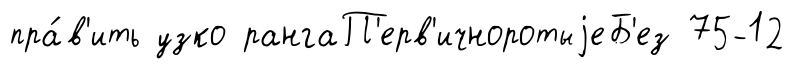
пра́в'ить узко рангаП'ерв'ичноротыjеБ'ез 75-12